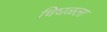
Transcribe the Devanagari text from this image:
चिघळला